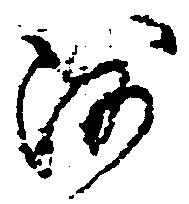
沙